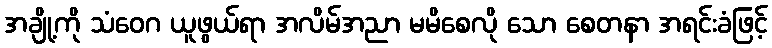
အချို့ကို သံဝေဂ ယူဖွယ်ရာ အလိမ်အညာ မမိစေလို သော စေတနာ အရင်းခံဖြင့်